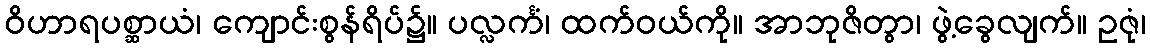
ဝိဟာရပစ္ဆာယံ၊ ကျောင်းစွန်ရိပ်၌။ ပလ္လင်္ကံ၊ ထက်ဝယ်ကို။ အာဘုဇိတွာ၊ ဖွဲ့ခွေလျက်။ ဥဇုံ၊